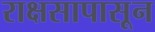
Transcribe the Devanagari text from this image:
राक्षसापासून